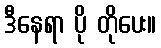
ဒီနေရာ ပို တိုပေး။